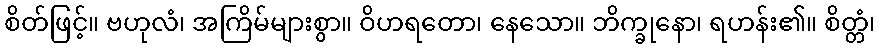
စိတ်ဖြင့်။ ဗဟုလံ၊ အကြိမ်များစွာ။ ဝိဟရတော၊ နေသော။ ဘိက္ခုနော၊ ရဟန်း၏။ စိတ္တံ၊